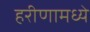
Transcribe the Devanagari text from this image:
हरीणामध्ये